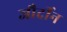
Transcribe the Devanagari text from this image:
जौर्दीन